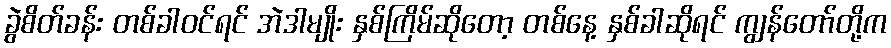
ခွဲစိတ်ခန်း တစ်ခါဝင်ရင် အဲဒါမျိုး နှစ်ကြိမ်ဆိုတော့ တစ်နေ့ နှစ်ခါဆိုရင် ကျွန်တော်တို့က